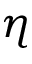
\eta